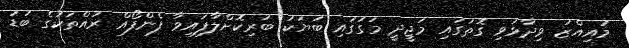
މުއިއްޒު ވިދާޅުވި ގޮތުގައި މަޖީދީ މަގުގައި ބަޔަކު ބުރިކޮށްލާފައިވާ ފެންފޯއް ރުއްތަކުގެ ބުޑު